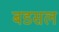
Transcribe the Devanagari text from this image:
बडसल